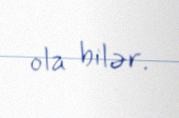
ola bilər.